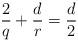
LaTeX: \begin{align*}\frac{2}{q}+\frac{d}{r}=\frac{d}{2}\end{align*}